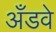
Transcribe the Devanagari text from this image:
अँडवे